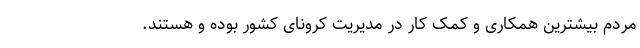
مردم بیشترین همکاری و کمک کار در مدیریت کرونای کشور بوده و هستند.